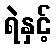
ရဲနှင့်